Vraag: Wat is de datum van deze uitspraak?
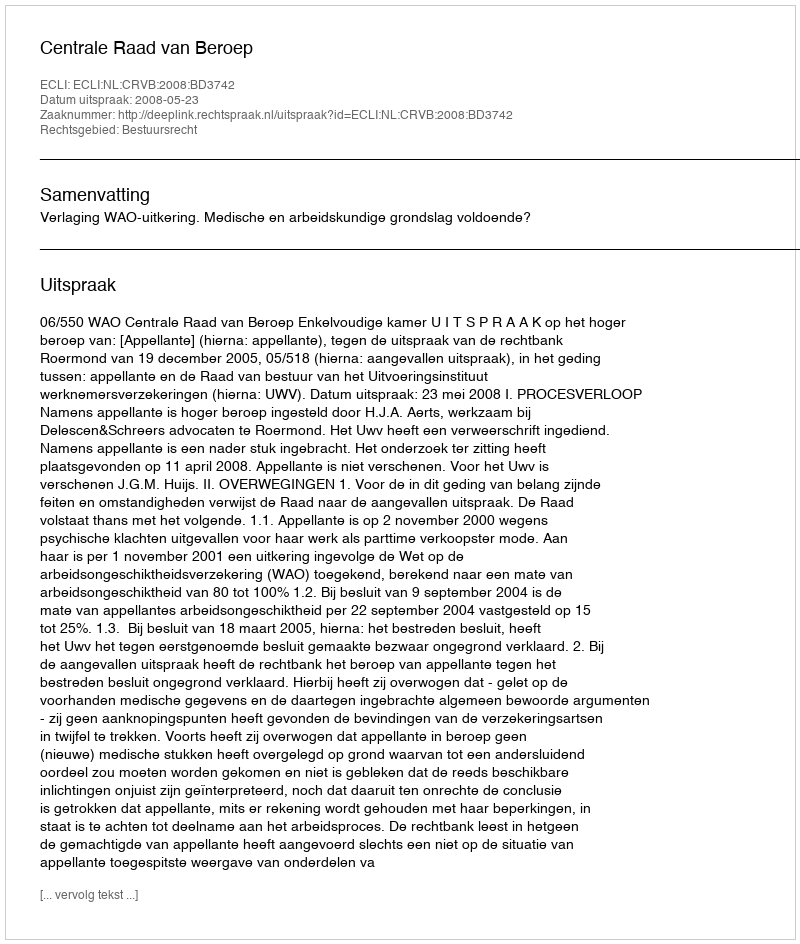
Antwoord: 2008-05-23